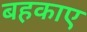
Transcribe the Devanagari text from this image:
बहकाए